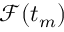
{ \mathcal { F } } ( t _ { m } )